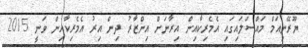
ޔޫރޭނިއަމް މައްސަލައިގައި އެމެރިކާއިން އިރާނަށް އިންޒާރު ދިން އިރު އެމެރިކާއިން ވަނީ 2015